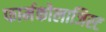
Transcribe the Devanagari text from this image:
फार्मकोलाजिस्ट